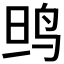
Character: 𱉗